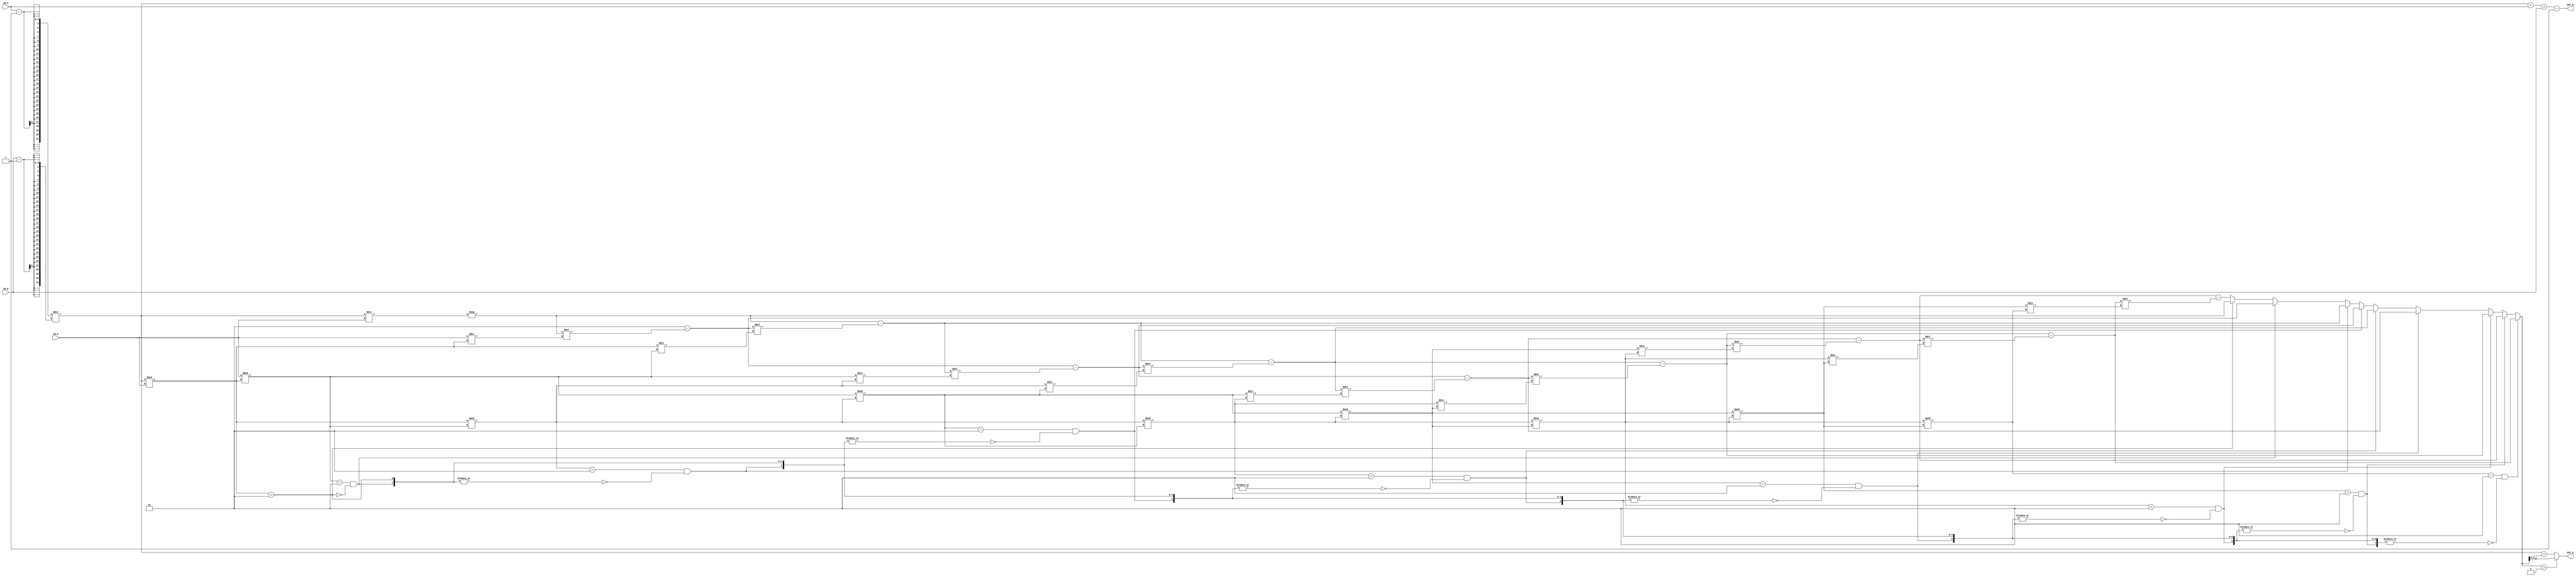
//############################################################################
//++++++++++++++++++++++++++++++++++++++++++++++++++++++++++++++++++++++++++++
//   Module Name : RSA_IP
//++++++++++++++++++++++++++++++++++++++++++++++++++++++++++++++++++++++++++++
//############################################################################

module RSA_IP #(parameter WIDTH = 3) (
    // Input signals
    IN_P, IN_Q, IN_E,
    // Output signals
    OUT_N, OUT_D
);

// ===============================================================
// Declaration
// ===============================================================
input  [WIDTH-1  :0] IN_P, IN_Q;
input  [WIDTH*2-1:0] IN_E;
output [WIDTH*2-1:0] OUT_N, OUT_D;

// ===============================================================
// Soft IP DESIGN
// ===============================================================
genvar g;
integer i;

wire signed[WIDTH*2:0]n[0:(WIDTH*3)*3+9];
reg  signed[WIDTH*2:0]ans;
wire [(WIDTH*3):0]cond;
wire [WIDTH*2-1:0]a  = (IN_P-1)*(IN_Q-1);
wire [WIDTH*2-1:0]b  = IN_E;


assign n[0] = a / b;
assign n[1] = a % b;
assign n[2] = -n[0];

assign n[3] = b / n[1];
assign n[4] = b % n[1];
assign n[5] = (1 - n[2] * n[3]);


generate 
	if(WIDTH==4)begin:if1
		for(g=0;g < 4;g=g+1)begin : eud
			assign n[6+g*3] = n[1+g*3] / n[4+g*3];
			assign n[7+g*3] = n[1+g*3] % n[4+g*3];
			assign n[8+g*3] = n[2+g*3] - n[5+g*3] * n[6+g*3];
		end
	end
	else begin:else1
		for(g=0;g < (WIDTH*3);g=g+1)begin : eud
			assign n[6+g*3] = n[1+g*3] / n[4+g*3];
			assign n[7+g*3] = n[1+g*3] % n[4+g*3];
			assign n[8+g*3] = n[2+g*3] - n[5+g*3] * n[6+g*3];
		end
	end
endgenerate


generate
	assign cond[0] = 0;
	for (g = 0; g < (WIDTH*3); g = g + 1) begin : U
		assign cond[g + 1] = (n[1+g*3]==1) & ~|cond[g:0];
	end
endgenerate



always@* begin
	ans = n[(WIDTH*3)*3+2];
	for(i=0;i< (WIDTH*3);i=i+1)begin
		if(cond[i+1]==1)ans = n[2+i*3];
	end
end

assign OUT_D = (ans > 0) ? (ans) : (a + ans);
assign OUT_N = a + IN_P + IN_Q - 1;

endmodule